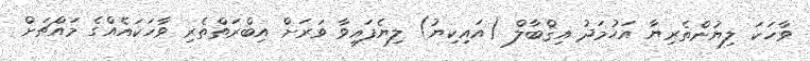
ވާހަކަ ލިޔުންތެރިޔާ އަހުމަދު އިޤްބާލް (އައިކިޔު) ލިޔެފައިވާ ވަރަށް އިބްރަތްތެރި ވާހަކައެއްގެ މައްޗަށް